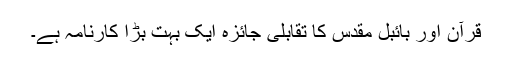
قرآن اور بائبل مقدس کا تقابلی جائزہ ایک بہت بڑا کارنامہ ہے۔